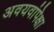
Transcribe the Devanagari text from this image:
अवयवांपेक्षा